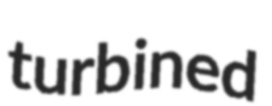
turbined